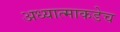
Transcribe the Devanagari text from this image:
अध्यात्माकडेच